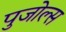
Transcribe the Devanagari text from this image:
पुजोल्स